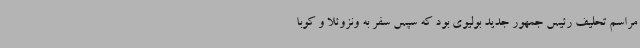
مراسم تحلیف رئیس جمهور جدید بولیوی بود که سپس سفر به ونزوئلا و کوبا